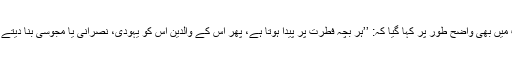
حدیث میں بھی واضح طور پر کہا گیا کہ: ’’ہر بچہ فطرت پر پیدا ہوتا ہے، پھر اس کے والدین اس کو یہودی، نصرانی یا مجوسی بنا دیتے ہیں‘‘۔